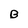
Character: B